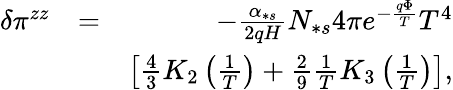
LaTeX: \begin{array}{rlr}{\delta\pi^{zz}}&{=}&{-\frac{\alpha_{\ast s}}{2qH}N_{\ast s}4\pi e^{-\frac{q\Phi}{T}}T^{4}}\\ &{}&{\left[\frac{4}{3}K_{2}\left(\frac{1}{T}\right)+\frac{2}{9}\frac{1}{T}K_{3}\left(\frac{1}{T}\right)\right],}\end{array}